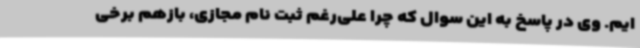
ایم. وی در پاسخ به این سوال که چرا علی‌رغم ثبت نام مجازی، بازهم برخی